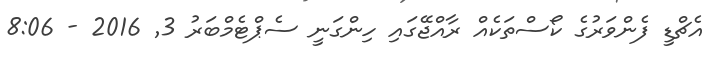
އެޗްޑީ ފެންވަރުގެ ކޯސްތަކެއް ރާއްޖޭގައި ހިންގަނީ ސެޕްޓެމްބަރު 3